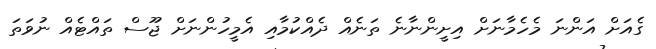
ގެއަށް އަންނަ މެހެމާނަށް އިށީންނާނެ ތަނެއް ދެއްކުމާއި އެމީހުންނަށް ޖޫސް ތައްޓެއް ނުވަތަ